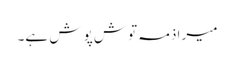
میرا ذمہ توش پوش ہے۔